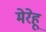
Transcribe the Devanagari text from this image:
मेरेहू